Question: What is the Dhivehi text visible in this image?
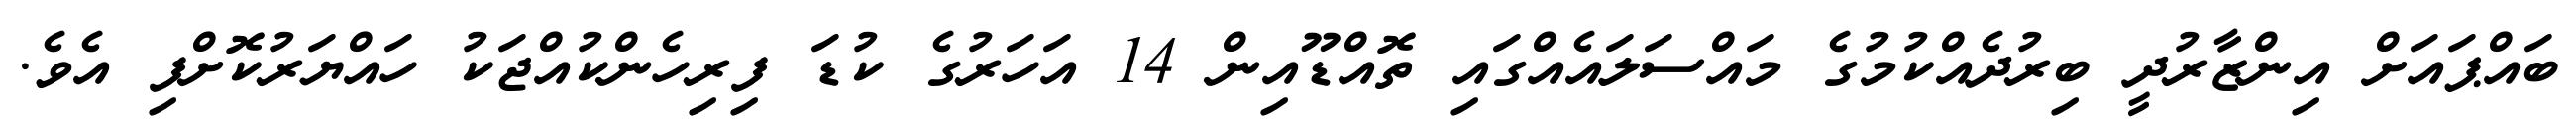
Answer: ބައްޕައަށް އިންޒާރުދީ ބިރުދެއްކުމުގެ މައްސަލައެއްގައި ތޮއްޑޫއިން 14 އަހަރުގެ ކުޑަ ފިރިހެންކުއްޖަކު ހައްޔަރުކޮށްފި އެވެ.